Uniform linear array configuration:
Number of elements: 12
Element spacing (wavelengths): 1
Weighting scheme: blackman
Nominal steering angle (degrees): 60
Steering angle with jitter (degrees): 61.909
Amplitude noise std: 0.05
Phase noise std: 0.05

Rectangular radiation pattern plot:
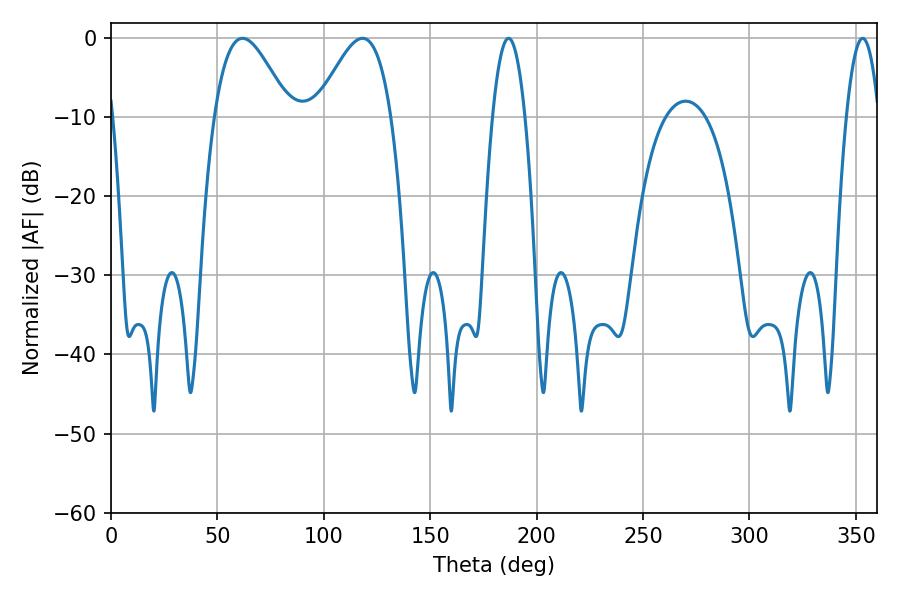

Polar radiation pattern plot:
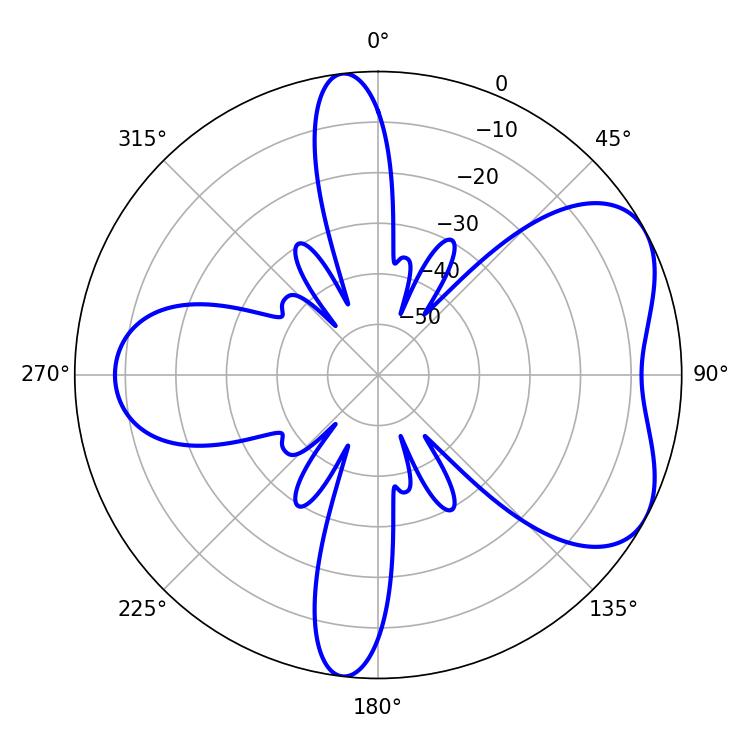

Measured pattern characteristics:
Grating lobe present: TRUE
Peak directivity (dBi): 5.453
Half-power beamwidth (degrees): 8.28
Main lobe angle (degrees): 353.16